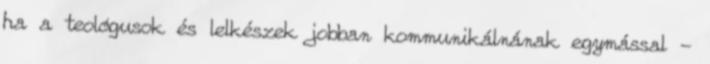
ha a teológusok és lelkészek jobban kommunikálnának egymással -